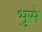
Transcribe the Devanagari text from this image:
भुसे